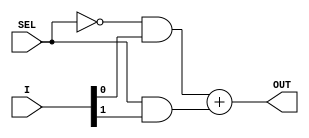
`timescale 1ns / 1ps
//////////////////////////////////////////////////////////////////////////////////
// Company: 
// Engineer: 
// 
// Design Name: 
// Module Name: mux_2_to_1
// Project Name: 
// Target Devices: 
// Tool Versions: 
// Description: 
// 
// Dependencies: 
// 
// Revision:
// Revision 0.01 - File Created
// Additional Comments:
// 
//////////////////////////////////////////////////////////////////////////////////


module mux_2_to_1(OUT,I,SEL);
    output OUT;
    input [1:0]I;
    input SEL;
    
    assign OUT = (~SEL & I[0]) + (SEL & I[1]);
endmodule